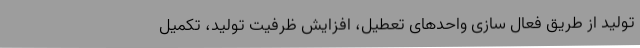
تولید از طریق فعال سازی واحد‌های تعطیل، افزایش ظرفیت تولید، تکمیل